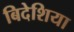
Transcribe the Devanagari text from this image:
बिदेशिया